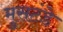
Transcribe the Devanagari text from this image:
मुसटंडे